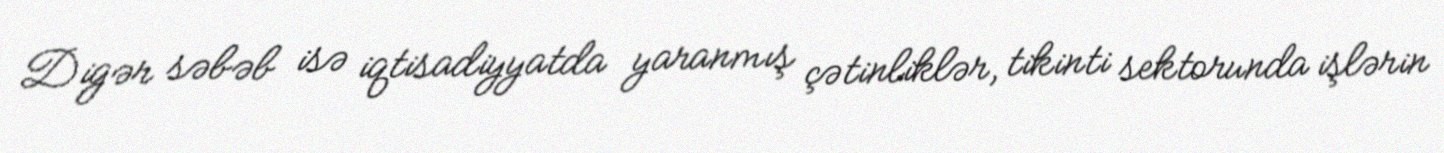
Digər səbəb isə iqtisadiyyatda yaranmış çətinliklər, tikinti sektorunda işlərin